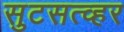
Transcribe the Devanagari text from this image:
सुटसत्व्हर